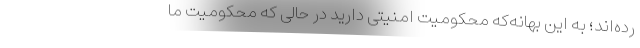
رده‌اند؛ به این بهانه‌که محکومیت امنیتی دارید در حالی که محکومیت ما